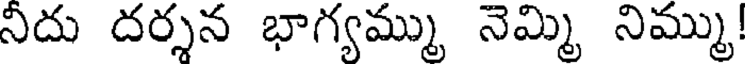
నిదు దర్శన భాగ్యమ్ము నెమ్మి నిమ్ము!